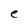
Character: e